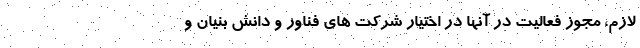
لازم، مجوز فعالیت در آنها در اختیار شرکت های فناور و دانش بنیان و